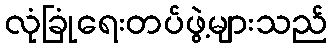
လုံခြုံရေးတပ်ဖွဲ့များသည်